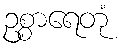
ဥစ္စာရေတုံ